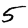
Digit: 5